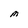
Character: M